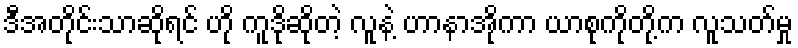
ဒီအတိုင်းသာဆိုရင် ဟို ကူဒိုဆိုတဲ့ လူနဲ့ ဟာနာအိုကာ ယာစုကိုတို့က လူသတ်မှု